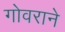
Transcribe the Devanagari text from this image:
गोवराने